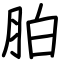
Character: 胉